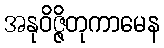
အနုဝိဇ္ဇိတုကာမေန